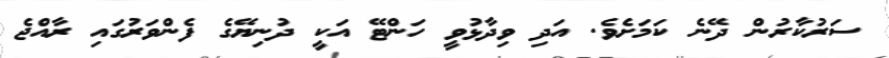
ސަރުކާރުން ދޭނެ ކަމަށެވެ. އަދި ވިދާޅުވީ ހަންޓޭ އަކީ ދުނިޔޭގެ ފެންވަރުގައި ރާއްޖެ